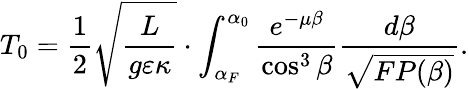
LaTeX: T_{0}=\frac{1}{2}\sqrt{\frac{L}{g\varepsilon\kappa}}\cdot\int_{\alpha_{F}}^{\alpha_{0}}{\frac{e^{-\mu\beta}}{\cos^{3}\beta}\frac{d\beta}{\sqrt{FP(\beta)}}}.